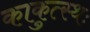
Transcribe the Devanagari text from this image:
काकुत्स्थः